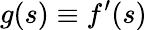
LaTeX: g(s)\equiv f^{\prime}(s)